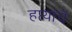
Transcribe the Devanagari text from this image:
हप्त्यांचे